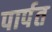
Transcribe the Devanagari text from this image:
पार्पत